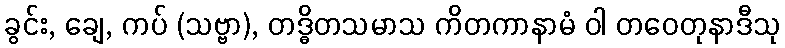
ခွင်း, ချေ, ကပ် (သဗ္ဗာ), တဒ္ဓိတသမာသ ကိတကာနာမံ ဝါ တဝေတုနာဒီသု